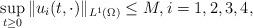
LaTeX: \begin{align*} \sup_{t\ge 0} \|u_i(t,\cdot)\|_{L^1(\Omega)}\le M, i=1,2,3,4, \end{align*}